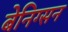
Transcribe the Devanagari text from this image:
बेनिग्सन